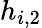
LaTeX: h_{i,2}